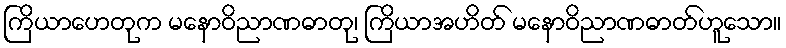
ကြိယာဟေတုက မနောဝိညာဏဓာတု၊ ကြိယာအဟိတ် မနောဝိညာဏဓာတ်ဟူသော။